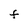
Character: F